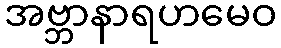
အဗ္ဘာနာရဟမေဝ